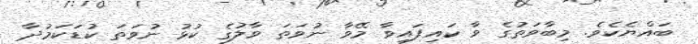
ބައްޔެކެވެ. މިބާވަތުގެ ވާ ކައިފައިވާ މޭވާ ނުވަތަ ވާލުގެ ކުޅު ނުވަތަ ކުޑަކަމުދާ